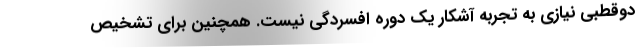
دوقطبی نیازی به تجربه آشکار یک دوره افسردگی نیست. همچنین برای تشخیص